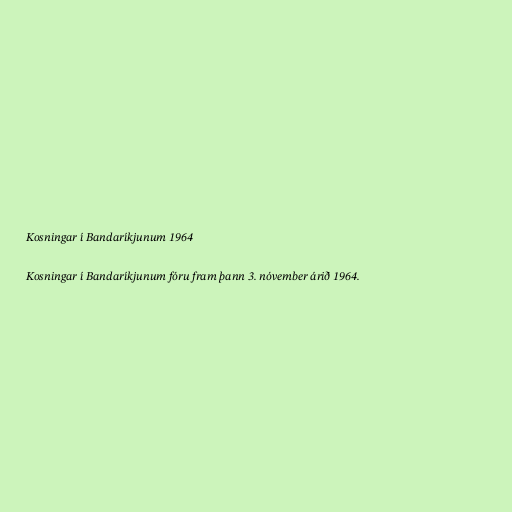
Kosningar í Bandaríkjunum 1964

Kosningar í Bandaríkjunum fóru fram þann 3. nóvember árið 1964.